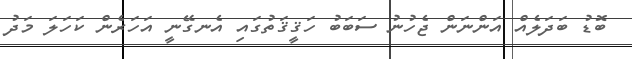
ބޮޑު ބަދަލެއް އަންނަން ޖެހުނު ސަބަބު ހަޤީޤަތުގައި އެނގޭނީ އަހަރެން ކަހަލަ މަދު